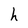
Character: h